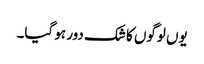
یوں لوگوں کا شک دور ہو گیا۔